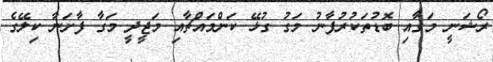
ރޯޝަނީ މަގާއި ބޮޑުތަކުރުފާނު މަގު ގުޅޭ ކަންމައްޗާއި މަޖީދީ މަގާ ފާށަނާ ކިލޭގެ